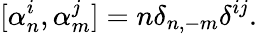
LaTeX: [\alpha_{n}^{i},\alpha_{m}^{j}]=n\delta_{n,-m}\delta^{ij}.